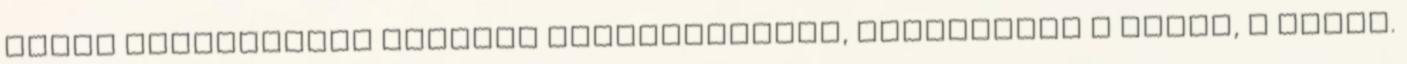
úszás nagyszerűen erősíti szervezetüket, izmosodnak a karok, a lábak.